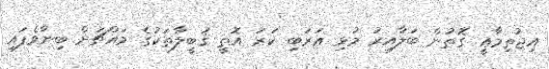
އިޖުތިމާޢީ ގޮތުން ބަލާއިރު މުޅި ޢަރަބި ކަރަ އޮތީ ޤަބީލާތަކުގެ މައްޗަށް ބިނާވެފައި